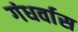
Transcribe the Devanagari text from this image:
गंधर्वास